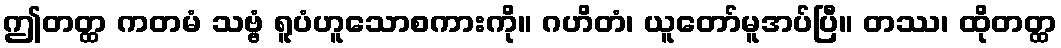
ဤတတ္ထ ကတမံ သဗ္ဗံ ရူပံဟူသောစကားကို။ ဂဟိတံ၊ ယူတော်မူအပ်ပြီ။ တဿ၊ ထိုတတ္ထ